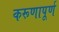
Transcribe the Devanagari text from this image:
करूणापूर्ण